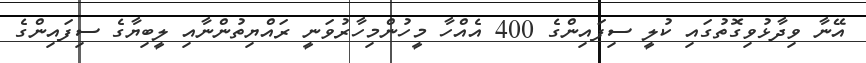
އޭނާ ވިދާޅުވިގޮތުގައި ކުލީ ސިފައިންގެ 400 އެއްހާ މީހުންމިހާރުވަނީ ރައްޔިތުންނާއި ލީބިޔާގެ ސިފައިންގެ